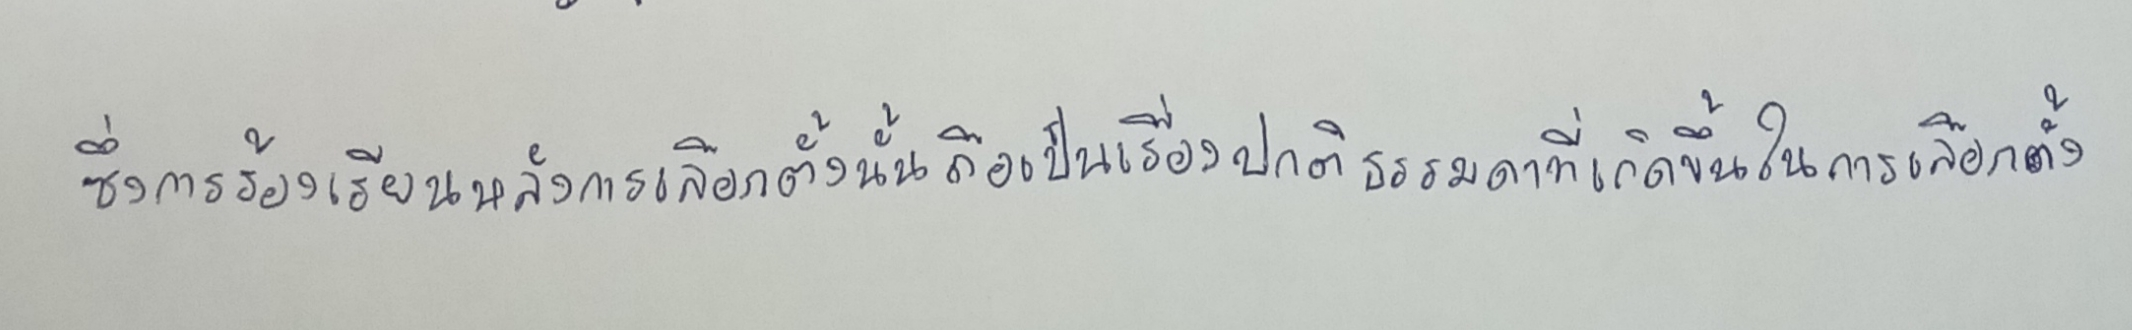
ซึ่งการร้องเรียนหลังการเลือกตั้งนั้นถือเป็นเรื่องปกติธรรมดาที่เกิดขึ้นในการเลือกตั้ง